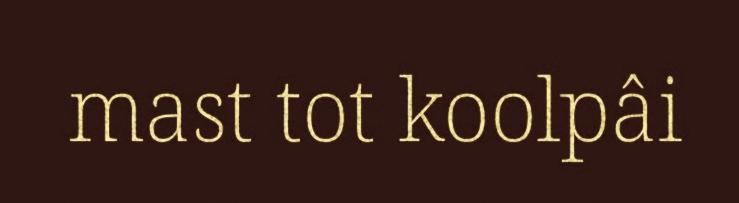
mast tot koolpâi